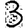
Digit: 3